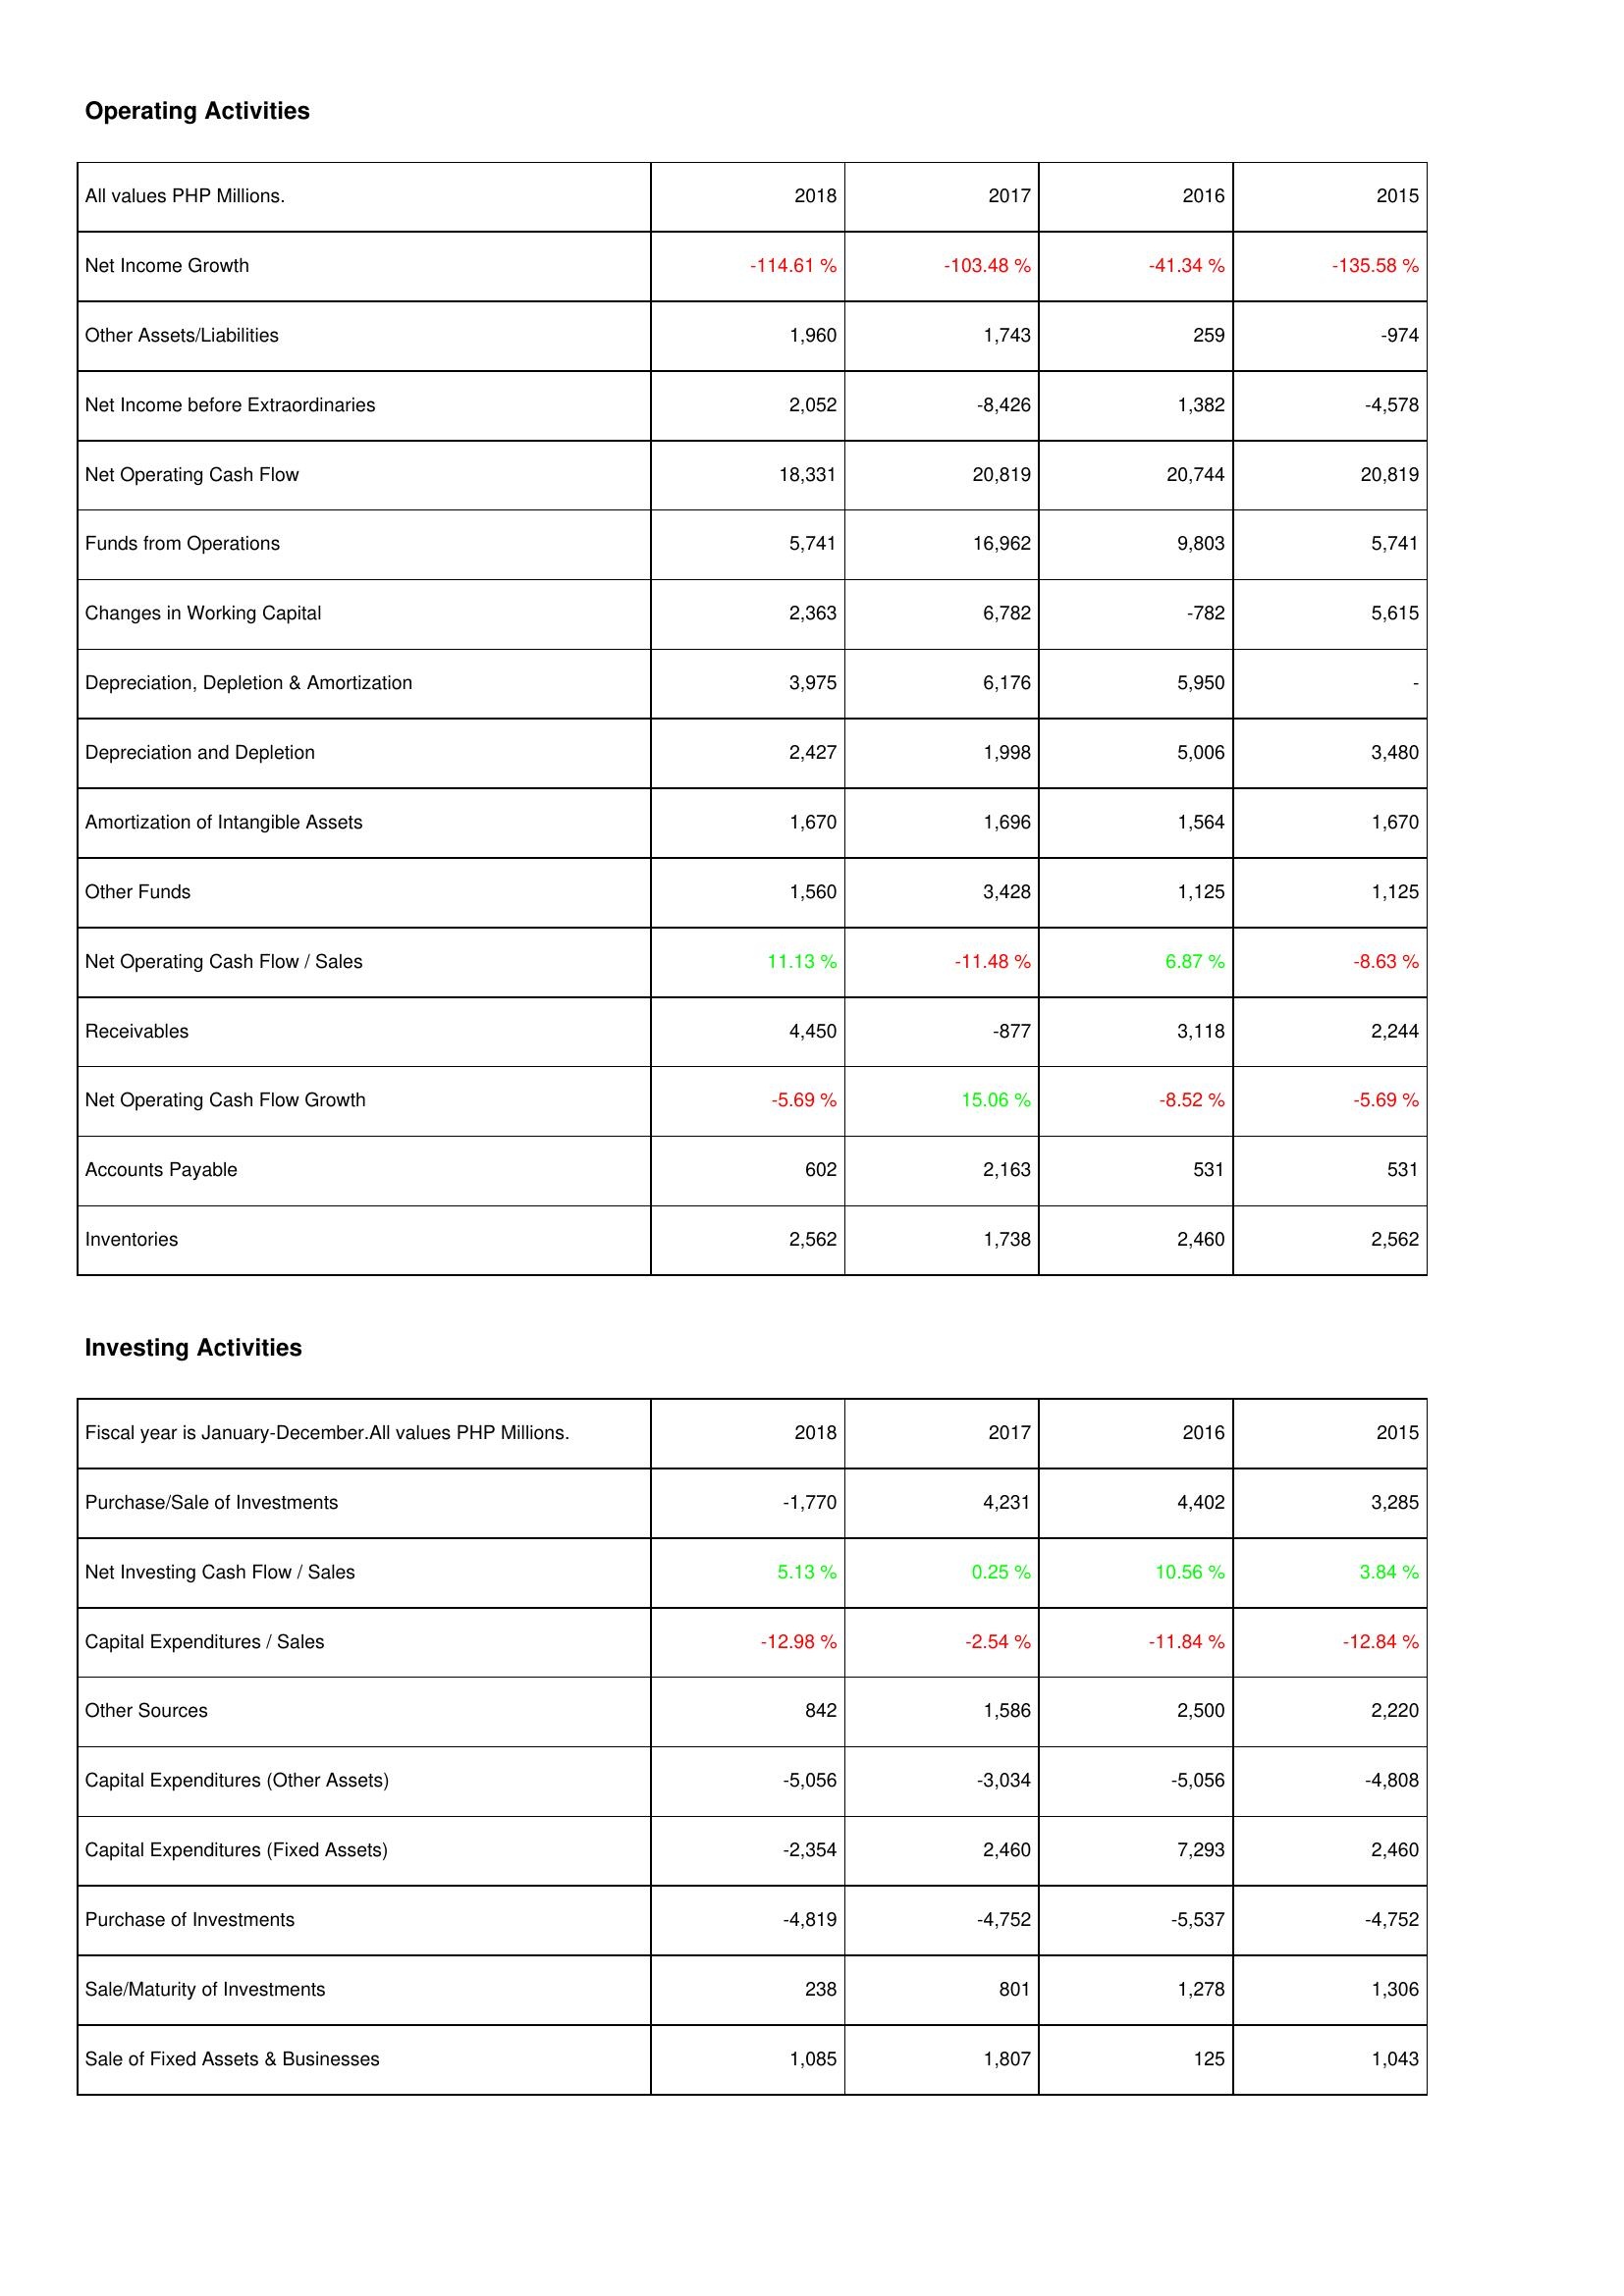
2018: Operating Activities: Net Income Growth: -114.61 %
Other Assets/Liabilities: 1,960
Net Income before Extraordinaries: 2,052
Net Operating Cash Flow: 18,331
Funds from Operations: 5,741
Changes in Working Capital: 2,363
Depreciation, Depletion & Amortization: 3,975
Depreciation and Depletion: 2,427
Amortization of Intangible Assets: 1,670
Other Funds: 1,560
Net Operating Cash Flow / Sales: 11.13 %
Receivables: 4,450
Net Operating Cash Flow Growth: -5.69 %
Accounts Payable: 602
Inventories: 2,562
Investing Activities: Purchase/Sale of Investments: -1,770
Net Investing Cash Flow / Sales: 5.13 %
Capital Expenditures / Sales: -12.98 %
Other Sources: 842
Capital Expenditures (Other Assets): -5,056
Capital Expenditures (Fixed Assets): -2,354
Purchase of Investments: -4,819
Sale/Maturity of Investments: 238
Sale of Fixed Assets & Businesses: 1,085
2017: Operating Activities: Net Income Growth: -103.48 %
Other Assets/Liabilities: 1,743
Net Income before Extraordinaries: -8,426
Net Operating Cash Flow: 20,819
Funds from Operations: 16,962
Changes in Working Capital: 6,782
Depreciation, Depletion & Amortization: 6,176
Depreciation and Depletion: 1,998
Amortization of Intangible Assets: 1,696
Other Funds: 3,428
Net Operating Cash Flow / Sales: -11.48 %
Receivables: -877
Net Operating Cash Flow Growth: 15.06 %
Accounts Payable: 2,163
Inventories: 1,738
Investing Activities: Purchase/Sale of Investments: 4,231
Net Investing Cash Flow / Sales: 0.25 %
Capital Expenditures / Sales: -2.54 %
Other Sources: 1,586
Capital Expenditures (Other Assets): -3,034
Capital Expenditures (Fixed Assets): 2,460
Purchase of Investments: -4,752
Sale/Maturity of Investments: 801
Sale of Fixed Assets & Businesses: 1,807
2016: Operating Activities: Net Income Growth: -41.34 %
Other Assets/Liabilities: 259
Net Income before Extraordinaries: 1,382
Net Operating Cash Flow: 20,744
Funds from Operations: 9,803
Changes in Working Capital: -782
Depreciation, Depletion & Amortization: 5,950
Depreciation and Depletion: 5,006
Amortization of Intangible Assets: 1,564
Other Funds: 1,125
Net Operating Cash Flow / Sales: 6.87 %
Receivables: 3,118
Net Operating Cash Flow Growth: -8.52 %
Accounts Payable: 531
Inventories: 2,460
Investing Activities: Purchase/Sale of Investments: 4,402
Net Investing Cash Flow / Sales: 10.56 %
Capital Expenditures / Sales: -11.84 %
Other Sources: 2,500
Capital Expenditures (Other Assets): -5,056
Capital Expenditures (Fixed Assets): 7,293
Purchase of Investments: -5,537
Sale/Maturity of Investments: 1,278
Sale of Fixed Assets & Businesses: 125
2015: Operating Activities: Net Income Growth: -135.58 %
Other Assets/Liabilities: -974
Net Income before Extraordinaries: -4,578
Net Operating Cash Flow: 20,819
Funds from Operations: 5,741
Changes in Working Capital: 5,615
Depreciation, Depletion & Amortization: -
Depreciation and Depletion: 3,480
Amortization of Intangible Assets: 1,670
Other Funds: 1,125
Net Operating Cash Flow / Sales: -8.63 %
Receivables: 2,244
Net Operating Cash Flow Growth: -5.69 %
Accounts Payable: 531
Inventories: 2,562
Investing Activities: Purchase/Sale of Investments: 3,285
Net Investing Cash Flow / Sales: 3.84 %
Capital Expenditures / Sales: -12.84 %
Other Sources: 2,220
Capital Expenditures (Other Assets): -4,808
Capital Expenditures (Fixed Assets): 2,460
Purchase of Investments: -4,752
Sale/Maturity of Investments: 1,306
Sale of Fixed Assets & Businesses: 1,043